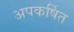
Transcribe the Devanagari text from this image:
अपकर्षित